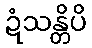
ဍံသန္တိပိ